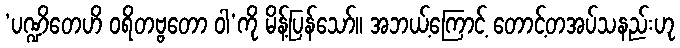
‘ပဏ္ဍိတေဟိ ဝရိတဗ္ဗတော ဝါ’ကို မိန့်ပြန်သော်။ အဘယ့်ကြောင့် တောင့်တအပ်သနည်းဟု